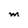
Character: m